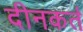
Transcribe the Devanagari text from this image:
दीनकर्त